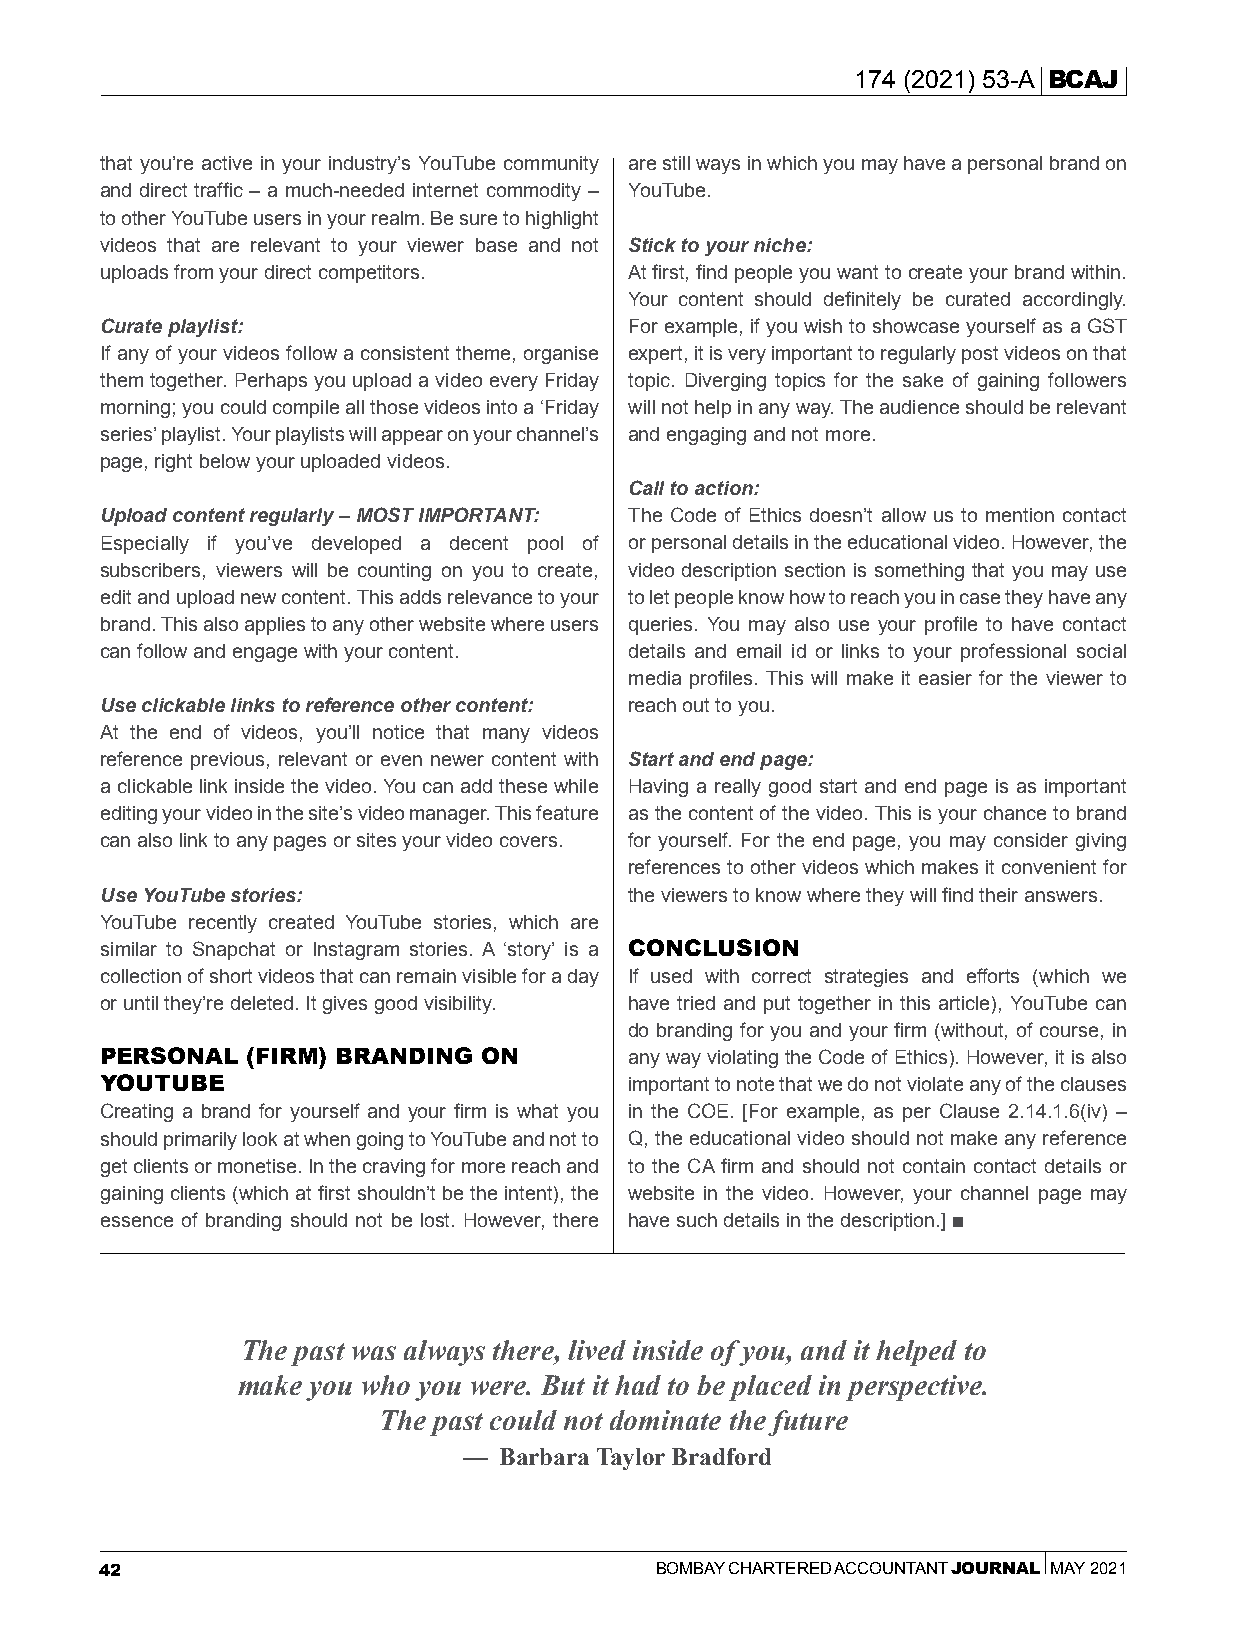
174 (2021) 53-A BCAJ
 that you’re active in your industry’s YouTube community are still ways in which you may have a personal brand on
 and direct traffic – a much-needed internet commodity – YouTube.
 to other YouTube users in your realm. Be sure to highlight
 videos that are relevant to your viewer base and not Stick to your niche:
 uploads from your direct competitors. At first, find people you want to create your brand within.
 Your content should definitely be curated accordingly.
 Curate playlist:                   For example, if you wish to showcase yourself as a GST
 If any of your videos follow a consistent theme, organise expert, it is very important to regularly post videos on that
 them together. Perhaps you upload a video every Friday topic. Diverging topics for the sake of gaining followers
 morning; you could compile all those videos into a ‘Friday will not help in any way. The audience should be relevant
 series’ playlist. Your playlists will appear on your channel’s and engaging and not more.
 page, right below your uploaded videos.
 Call to action:
 Upload content regularly – MOST IMPORTANT: The Code of Ethics doesn’t allow us to mention contact
 Especially if you’ve developed a decent pool of or personal details in the educational video. However, the
 subscribers, viewers will be counting on you to create, video description section is something that you may use
 edit and upload new content. This adds relevance to your to let people know how to reach you in case they have any
 brand. This also applies to any other website where users queries. You may also use your profile to have contact
 can follow and engage with your content. details and email id or links to your professional social
 media profiles. This will make it easier for the viewer to
 Use clickable links to reference other content: reach out to you.
 At the end of videos, you’ll notice that many videos
 reference previous, relevant or even newer content with Start and end page:
 a clickable link inside the video. You can add these while Having a really good start and end page is as important
 editing your video in the site’s video manager. This feature as the content of the video. This is your chance to brand
 can also link to any pages or sites your video covers. for yourself. For the end page, you may consider giving
 references to other videos which makes it convenient for
 Use YouTube stories:               the viewers to know where they will find their answers.
 YouTube recently created YouTube stories, which are
 similar to Snapchat or Instagram stories. A ‘story’ is a CONCLUSION
 collection of short videos that can remain visible for a day If used with correct strategies and efforts (which we
 or until they’re deleted. It gives good visibility. have tried and put together in this article), YouTube can
 do branding for you and your firm (without, of course, in
 PERSONAL (FIRM) BRANDING ON        any way violating the Code of Ethics). However, it is also
 YOUTUBE                            important to note that we do not violate any of the clauses
 Creating a brand for yourself and your firm is what you in the COE. [For example, as per Clause 2.14.1.6(iv) –
 should primarily look at when going to YouTube and not to Q, the educational video should not make any reference
 get clients or monetise. In the craving for more reach and to the CA firm and should not contain contact details or
 gaining clients (which at first shouldn’t be the intent), the website in the video. However, your channel page may
 essence of branding should not be lost. However, there have such details in the description.]
 The past was always there, lived inside of you, and it helped to
 make you who you were. But it had to be placed in perspective.
 The past could not dominate the future
 — Barbara Taylor Bradford
 42                                  BOMBAY CHARTERED ACCOUNTANT JOURNAL MAY 2021